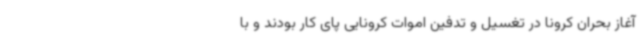
آغاز بحران کرونا در تغسیل و تدفین اموات کرونایی پای کار بودند و با